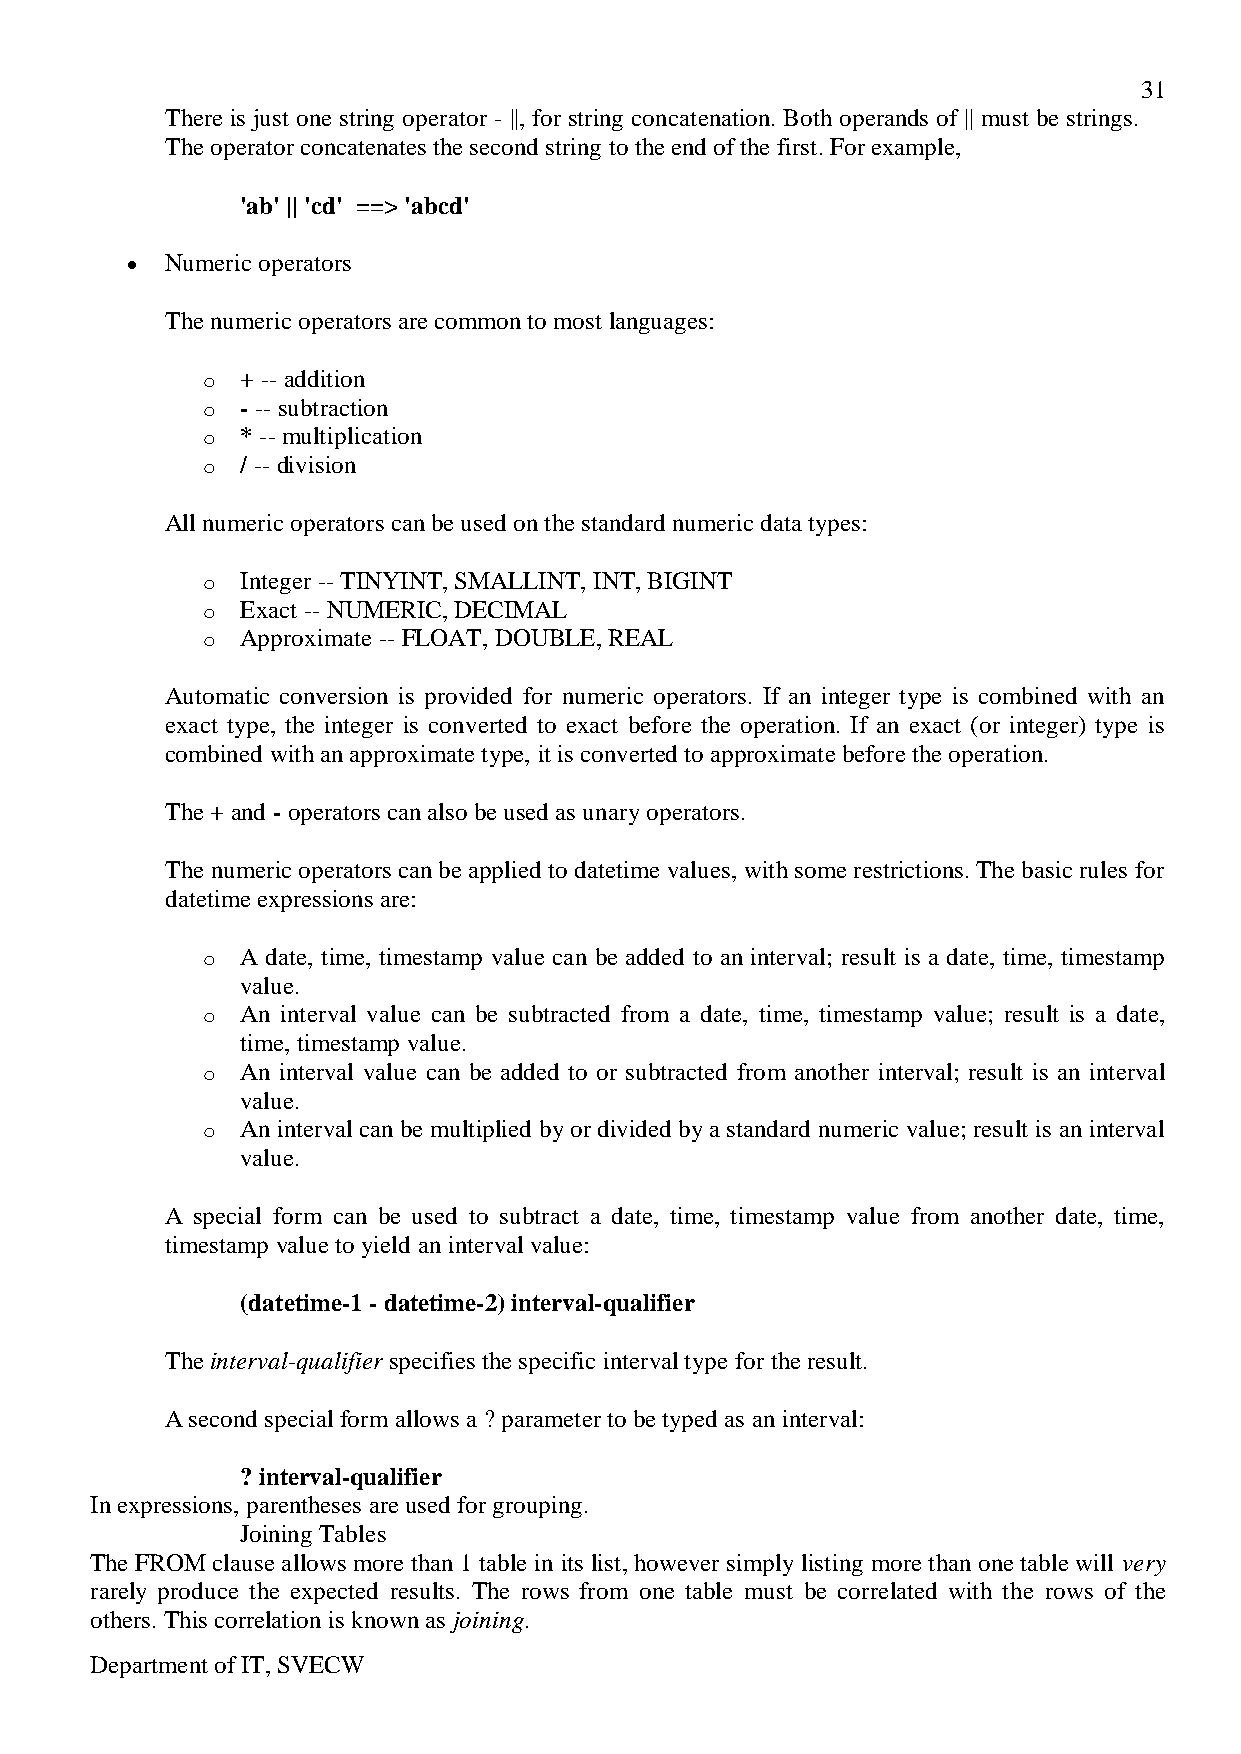
31
 There is just one string operator - ||, for string concatenation. Both operands of || must be strings.
 The operator concatenates the second string to the end of the first. For example,
 'ab' || 'cd' ==> 'abcd'
 Numeric operators
 The numeric operators are common to most languages:
 o  + -- addition
 o  - -- subtraction
 o  * -- multiplication
 o  / -- division
 All numeric operators can be used on the standard numeric data types:
 o  Integer -- TINYINT, SMALLINT, INT, BIGINT
 o  Exact -- NUMERIC, DECIMAL
 o  Approximate -- FLOAT, DOUBLE, REAL
 Automatic conversion is provided for numeric operators. If an integer type is combined with an
 exact type, the integer is converted to exact before the operation. If an exact (or integer) type is
 combined with an approximate type, it is converted to approximate before the operation.
 The + and - operators can also be used as unary operators.
 The numeric operators can be applied to datetime values, with some restrictions. The basic rules for
 datetime expressions are:
 o  A date, time, timestamp value can be added to an interval; result is a date, time, timestamp
 value.
 o  An interval value can be subtracted from a date, time, timestamp value; result is a date,
 time, timestamp value.
 o  An interval value can be added to or subtracted from another interval; result is an interval
 value.
 o  An interval can be multiplied by or divided by a standard numeric value; result is an interval
 value.
 A special form can be used to subtract a date, time, timestamp value from another date, time,
 timestamp value to yield an interval value:
 (datetime-1 - datetime-2) interval-qualifier
 The interval-qualifier specifies the specific interval type for the result.
 A second special form allows a ? parameter to be typed as an interval:
 ? interval-qualifier
 In expressions, parentheses are used for grouping.
 Joining Tables
 The FROM clause allows more than 1 table in its list, however simply listing more than one table will very
 rarely produce the expected results. The rows from one table must be correlated with the rows of the
 others. This correlation is known as joining.
 Department of IT, SVECW